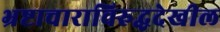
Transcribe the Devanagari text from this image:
भ्रष्टाचाराविरुद्धदेखील